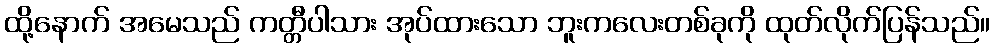
ထို့နောက် အမေသည် ကတ္တီပါသား အုပ်ထားသော ဘူးကလေးတစ်ခုကို ထုတ်လိုက်ပြန်သည်။